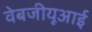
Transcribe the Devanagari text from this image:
वेबजीयूआई